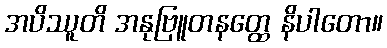
အပိဿူတိ အနုဗြူတနတ္ထေ နိပါတော။